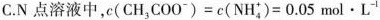
C.N点溶液中，$$c ( C H _ { 3 } C O O ^ { - } ) = c ( N H _ { 4 } ^ { + } ) = 0 . 0 5 m o l \cdot L ^ { - 1 }$$